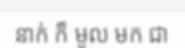
នាក់ ក៏ មូល មក ជា